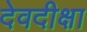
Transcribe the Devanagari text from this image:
देवदीक्षा